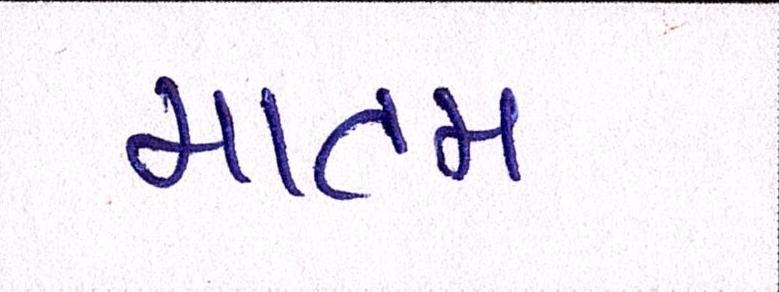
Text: માતમ